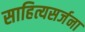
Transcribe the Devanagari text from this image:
साहित्यसर्जना